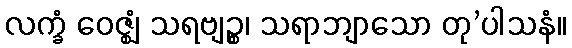
လက္ခံ ဝေဇ္ဈံ သရဗျဉ္စ၊ သရာဘျာသော တု’ပါသနံ။